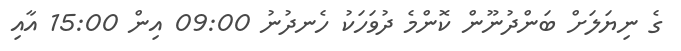
ގެ ނިޔަލަށް ބަންދުނޫން ކޮންމެ ދުވަހަކު ހެނދުނު 09:00 އިން 15:00 އާއި